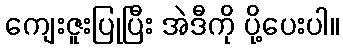
ကျေးဇူးပြုပြီး အဲဒီကို ပို့ပေးပါ။